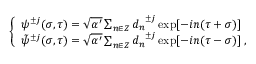
\left\{ \begin{array} { l } { { { \psi } ^ { \pm j } ( \sigma , \tau ) = \sqrt { \alpha ^ { \prime } } \sum _ { n \in Z } { d _ { n } } ^ { \pm j } \exp [ - i n ( \tau + \sigma ) ] } } \\ { { { \tilde { \psi } } ^ { \pm j } ( \sigma , \tau ) = \sqrt { \alpha ^ { \prime } } \sum _ { n \in Z } { d _ { n } } ^ { \pm j } \exp [ - i n ( \tau - \sigma ) ] \; , } } \end{array} \right.